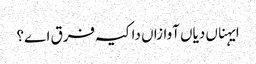
ایہناں دیاں آوازاں دا کیہ فرق اے؟